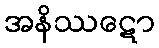
အနိဿဋော